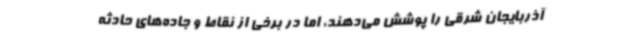
آذربایجان شرقی را پوشش می‌دهند، اما در برخی از نقاط و جاده‌های حادثه